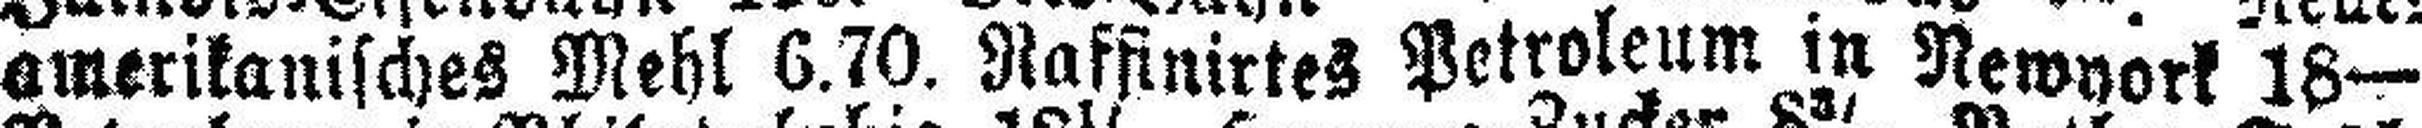
amerikanisches Mehl 6.70. Raffinirtes Petroleum in Newyork 18—.